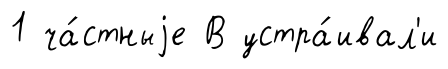
1 ча́стныjе В устра́ивал'и